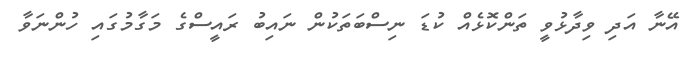
އޭނާ އަދި ވިދާޅުވީ ތަންކޮޅެއް ކުޑަ ނިސްބަތަކުން ނައިބު ރައީސްގެ މަގާމުގައި ހުންނަވާ